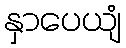
နှာပေယျံ